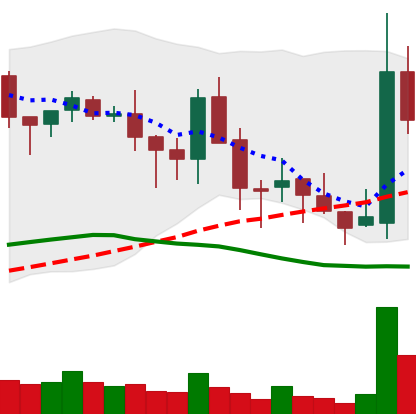
Ticker: BNB-USD
Chart end date: 2018-05-19
Forward return: -8.742%
Label: down_7plus